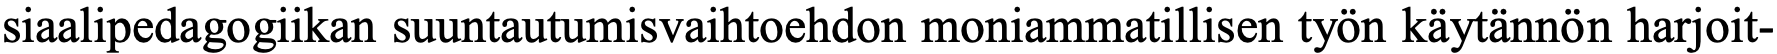
siaalipedagogiikan suuntautumisvaihtoehdon moniammatillisen työn käytännön harjoit-